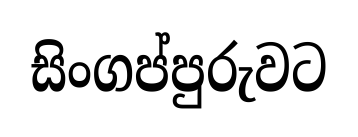
සිංගප්පුරුවට